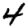
Digit: 4